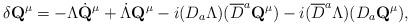
LaTeX: \begin{align*}\delta {\bf Q}^{\mu} = -\Lambda\dot {\bf Q}^{\mu} + \dot\Lambda{\bf Q}^{\mu} -i(D_a\Lambda) (\overline{D}^a{\bf Q}^{\mu})-i(\overline{D}^a\Lambda)( D_a{\bf Q}^{\mu}), \end{align*}